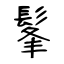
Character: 髼